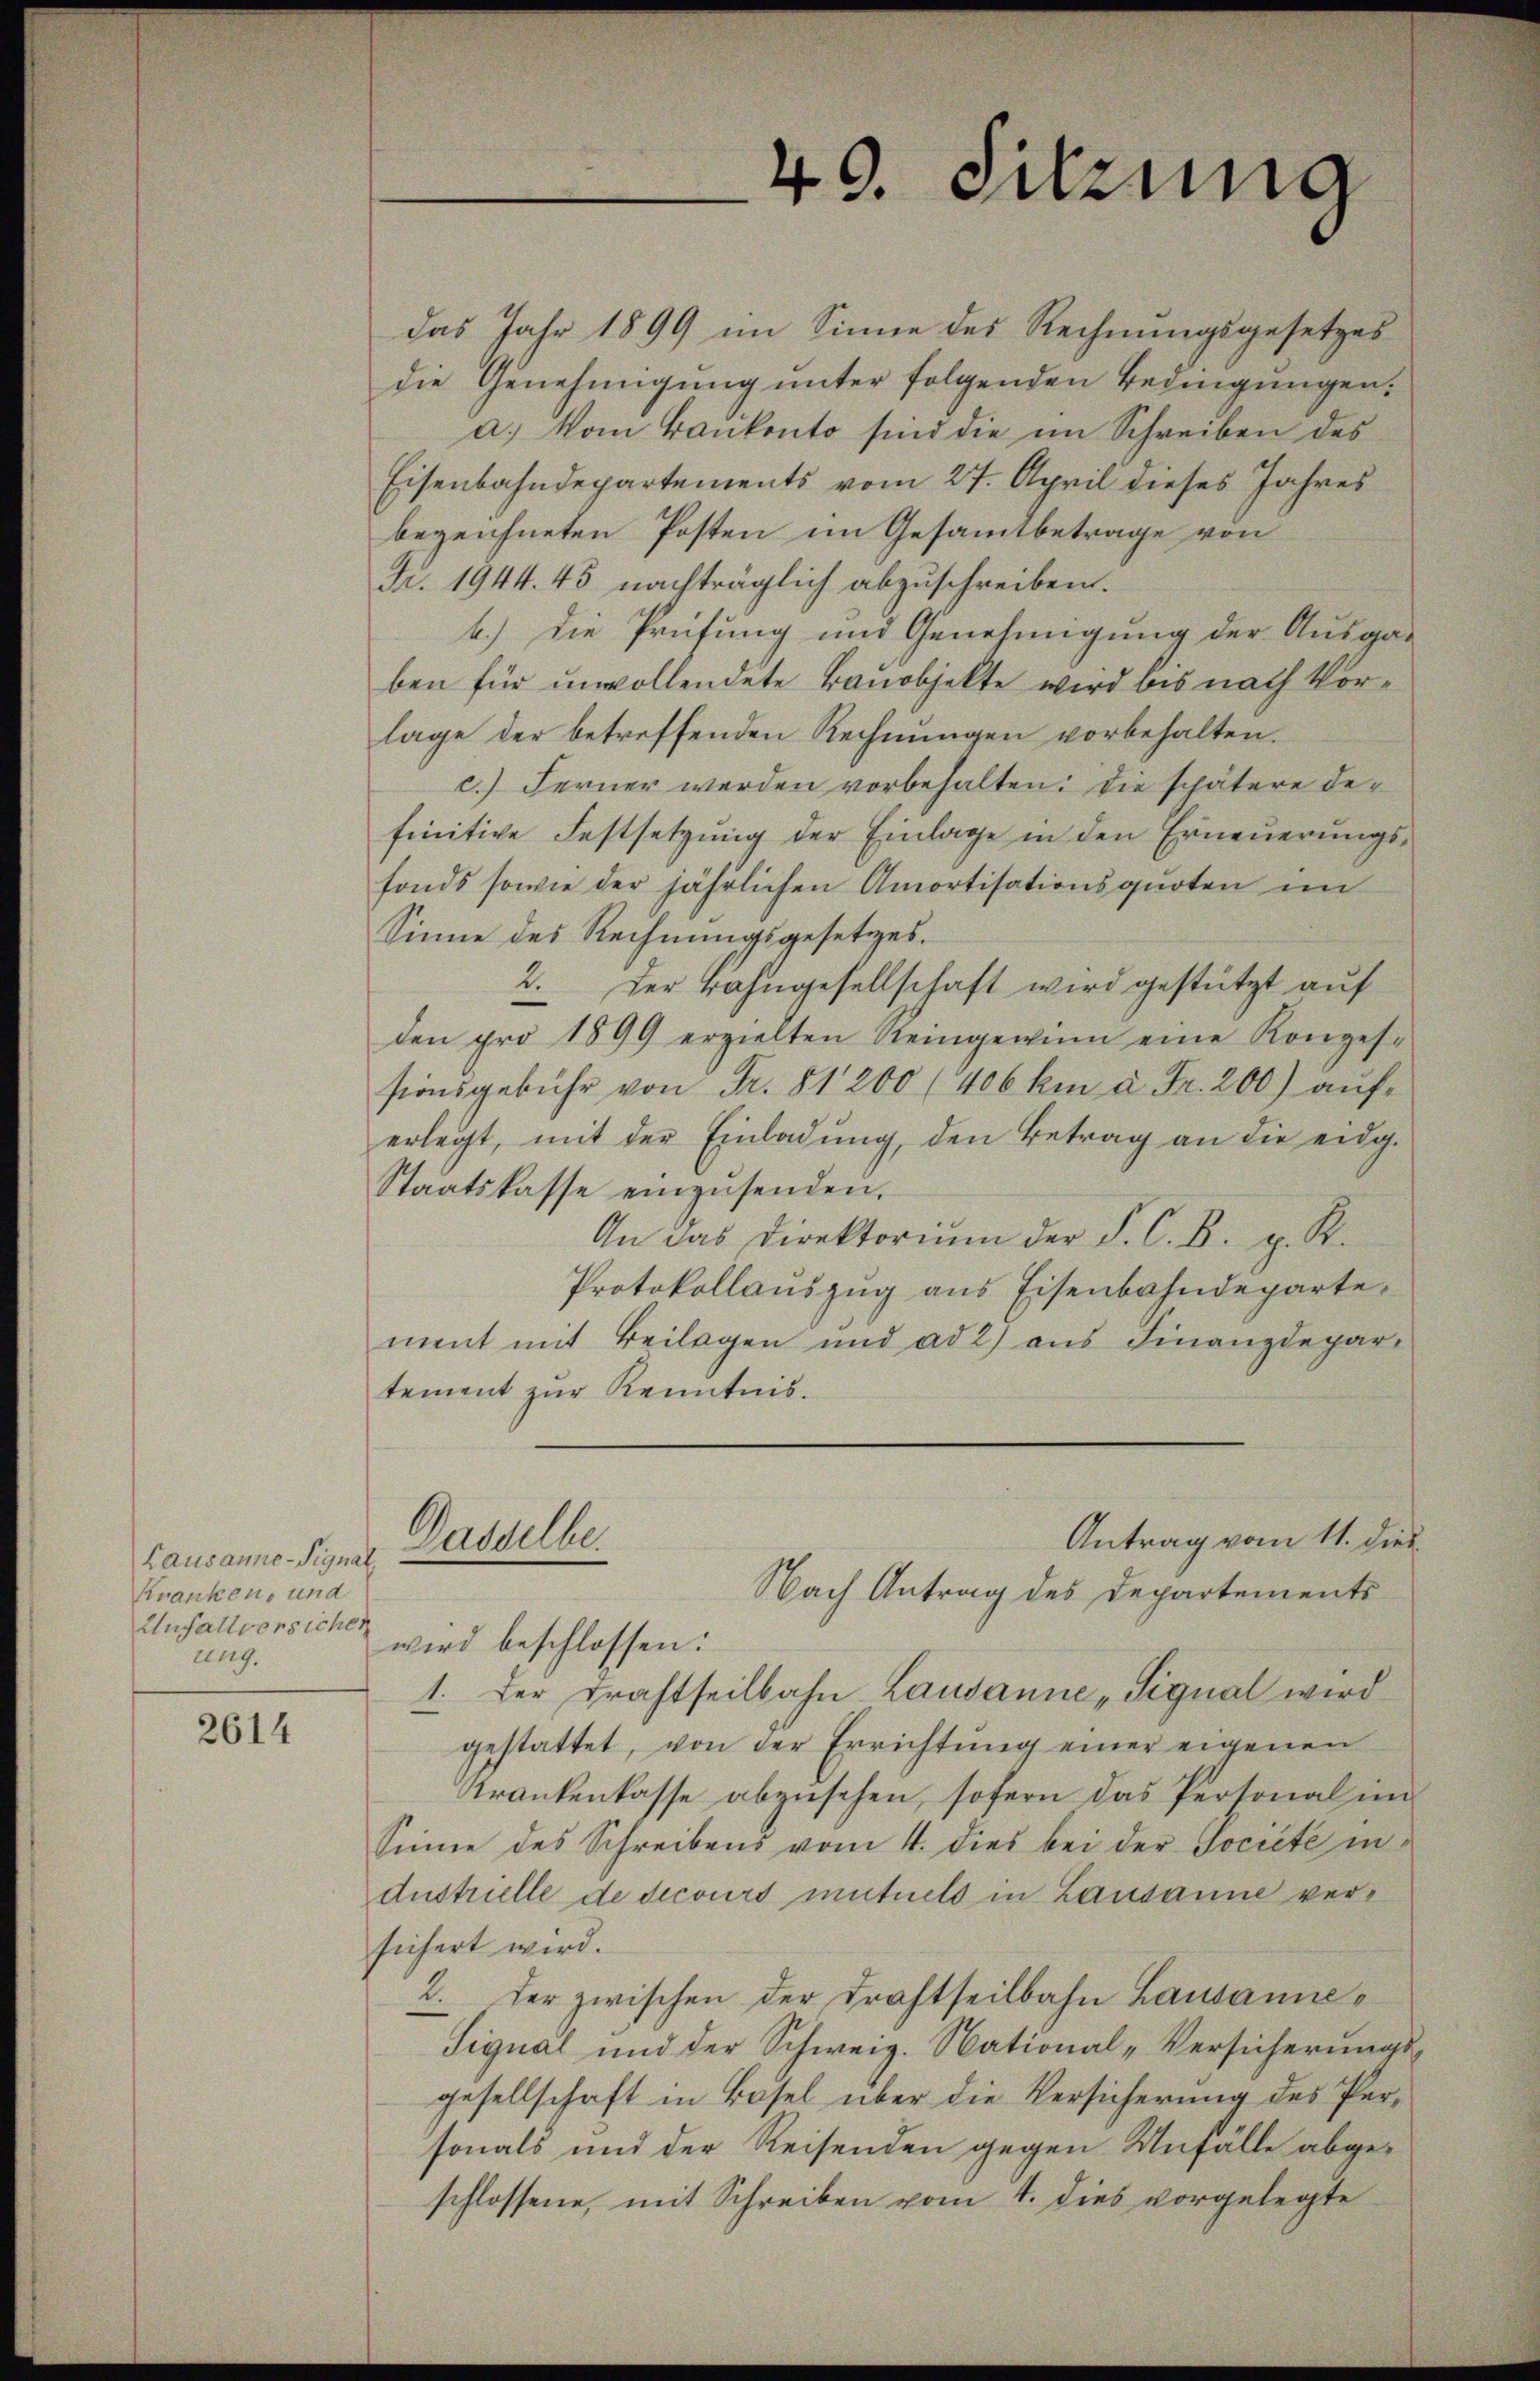
Lausanne-Signal.
Kranken, und
Unfallversichen
ung.

2614

das Jahr 1899 im Sinne des Rechnungsgesetzes
die Genehmigung unter folgenden Bedingungen.
a.) Vom Bankonto sind die im Schreiben des
Eisenbahndepartements vom 27. April dieses Jahres
bezeichneten Posten im Gesammtbetrage von
Nr. 1944. 45 nachträglich abzuschreiben.
b.) die Prüfung und Genehmigung der Ausgaben für unvollendete Bauobjekte wird bis nach Vorlage der betreffenden Rechnungen vorbehalten.
c.) Ferner werden vorbehalten: die schätere Definitive Festsetzung der Einlage in den Erneuerungsfonds sowie der jährlichen Amortisationsquoten in
Sinne des Rechnungsgesetzes.
2. Der Bahngesellschaft wird gestützt auf
den pro 1899 erzielten Reingewinn eine Konzes-
sionsgebühr von Fr. 81200 (406 km à Fr. 200) auferlegt, mit der Einladŭng, den Betrag an die eidg.
Staatskasse einzusenden.
An das Direktorium der P. C. B. u. R.
Protokollauszug aus Eisenbahndeparte
ment mit Beilagen und ad 2) aus Finanzdepar-
tement zŭr Kenntnis.
Antrag vom 11. die
Dasselbe.
Nach Antrag des Departements
wird beschlossen:
1. Der Brachtheilbahn Lausanne „Signal wird
gestattet, von der Errichtung einer eigenen
Krankenkasse abzusehen, sofern das Personal im
Sinne des Schreibens vom 4. dies bei der Société in
Austrielle de secours mutuels in Lausanne versichert wird.
2. der zwischen der Drahtseilbahn Lausanne¬
Signal und der Schweiz. National-Versicherungs
gesellschaft in Bösel über die Versicherung des Personals und der Reisenden gegen Unfälle abgeschlossene, mit Schreiben vom 4. dies vorgelegte

40. Sitzung